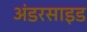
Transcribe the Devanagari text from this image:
अंडरसाइड